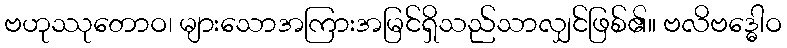
ဗဟုဿုတောဝ၊ များသောအကြားအမြင်ရှိသည်သာလျှင်ဖြစ်၏။ ဗလိဗဒ္ဓေါဝ